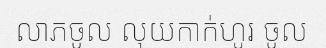
លាភចូល លុយកាក់ហូរ ចូល